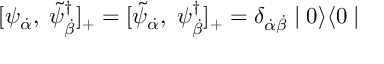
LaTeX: [ \psi _ { { \dot { \alpha } } } , \; \tilde { \psi } _ { { \dot { \beta } } } ^ { \dagger } ] _ { + } = [ \tilde { \psi } _ { { \dot { \alpha } } } , \; \psi _ { { \dot { \beta } } } ^ { \dagger } ] _ { + } = \delta _ { \dot { \alpha } \dot { \beta } } \mid 0 \rangle \langle 0 \mid